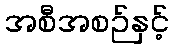
အစီအစဉ်နှင့်